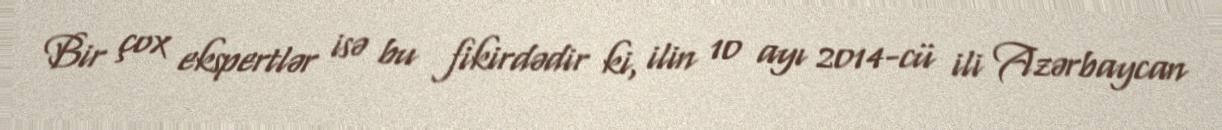
Bir çox ekspertlər isə bu fikirdədir ki, ilin 10 ayı 2014-cü ili Azərbaycan